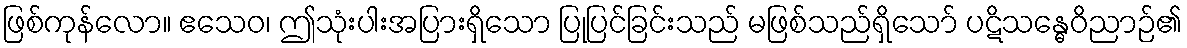
ဖြစ်ကုန်လော။ ဧသေဝ၊ ဤသုံးပါးအပြားရှိသော ပြုပြင်ခြင်းသည် မဖြစ်သည်ရှိသော် ပဋိသန္ဓေဝိညာဉ်၏